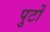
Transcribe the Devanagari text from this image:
पुटों